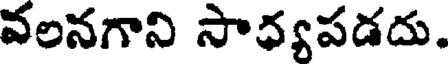
వలనగాని సాధ్యపడదు.